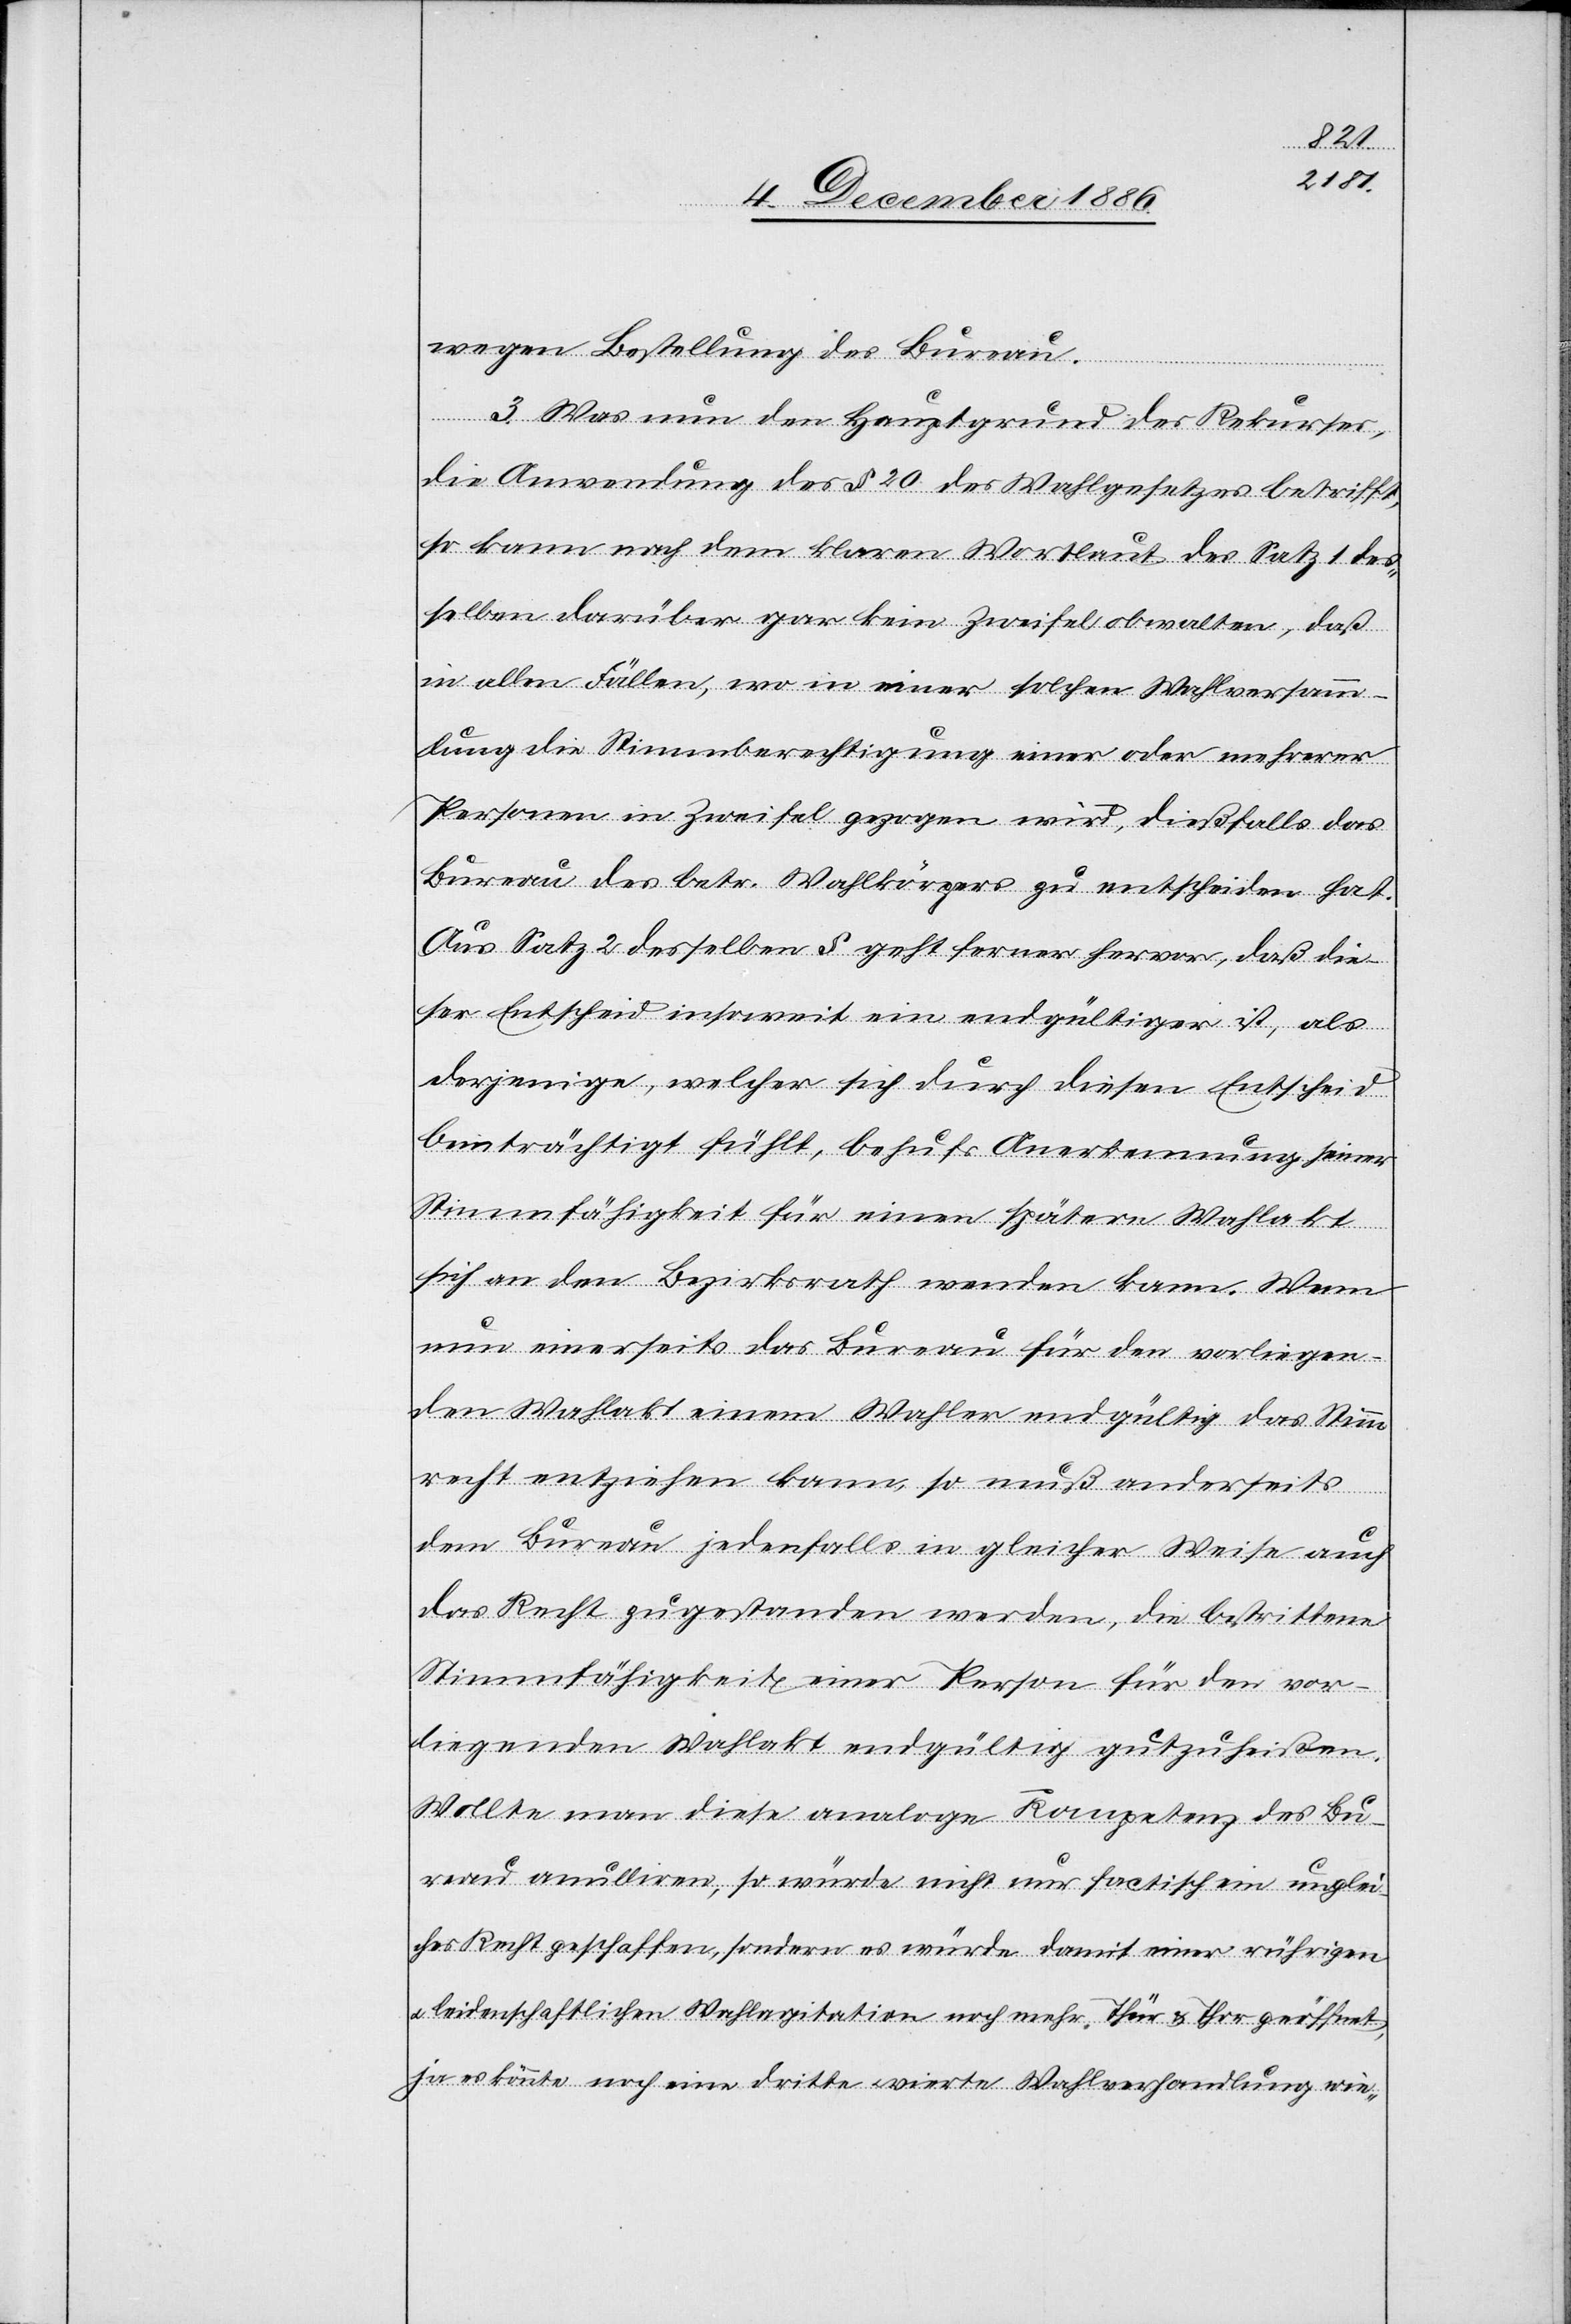
wegen Bestellung des Bureau.
3. Was nun den Hauptgrund des Rekurses,
die Anwendung des § 20 des Wahlgesetzes betrifft,
so kann nach dem klaren Wortlaut des Satz 1 des¬
selben darüber gar kein Zweifel obwalten, daß
in allen Fällen, wo in einer solchen Wahlversamm¬
lung die Stimmberechtigung einer oder mehrerer
Personen in Zweifel gezogen wird, dießfalls das
Bureau des betr. Wahlkörpers zu entscheiden hat.
Aus Satz 2 desselben § geht ferner hervor, daß die¬
ser Entscheid insoweit ein endgültiger ist, als
derjenige, welcher sich durch diesen Entscheid
be[e]inträchtigt fühlt, behufs Anerkennung seiner
Stimmfähigkeit für einen spätern Wahlakt
sich an den Bezirksrath wenden kann. Wenn
nun einerseits das Bureau für den vorliegen¬
den Wahlakt einem Wahler [sic!] endgültig das Stimm¬
recht entziehen kann, so muß anderseits
dem Bureau jedenfalls in gleicher Weise auch
das Recht zugestanden werden, die bestrittene
Stimmfähigkeit einer Person für den vor¬
liegenden Wahlakt endgültig gutzuheißen.
Wollte man diese analoge Kompetenz des Bu¬
reau anulliren, so würde nicht nur factisch ein unglei¬
ches Recht geschaffen, sondern es würde damit einer rührigen
& leidenschaftlichen Wahlagitation noch mehr Thür & Thor geöffnet,
ja es könnte noch eine dritte & vierte Wahlverhandlung wie-